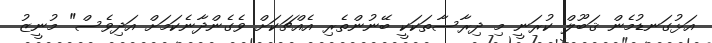
އަޅުގަނޑުމެން ޤަބޫލް ކުރަނީ މި ދިރާސާތަކަކީ ބޭނުންތެރި އެއްޗަކަށް ވެގެންދާނެކަމަށް އަދިވެސް" މުނީޒު